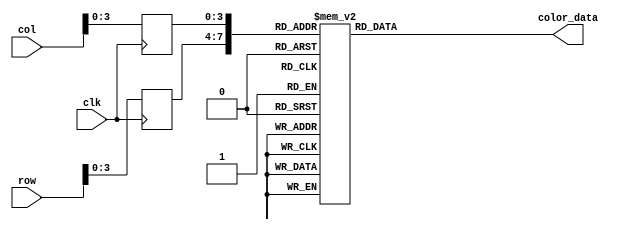
module bomberman_rom
	(
		input wire clk,
		input wire [4:0] row,
		input wire [4:0] col,
		output reg [11:0] color_data
	);

	(* rom_style = "block" *)

	//signal declaration
	reg [3:0] row_reg;
	reg [3:0] col_reg;

	always @(posedge clk)
		begin
		row_reg <= row[3:0];
		col_reg <= col[3:0];
		end

	always @*
	case ({row_reg, col_reg})
		8'b00000000: color_data = 12'b111111111111;
		8'b00000001: color_data = 12'b111111111111;
		8'b00000010: color_data = 12'b111111111111;
		8'b00000011: color_data = 12'b011001100110;
		8'b00000100: color_data = 12'b011101110111;
		8'b00000101: color_data = 12'b110010111011;
		8'b00000110: color_data = 12'b110011001100;
		8'b00000111: color_data = 12'b110011001100;
		8'b00001000: color_data = 12'b110011001100;
		8'b00001001: color_data = 12'b110011001100;
		8'b00001010: color_data = 12'b110010111011;
		8'b00001011: color_data = 12'b011101110111;
		8'b00001100: color_data = 12'b011001100110;
		8'b00001101: color_data = 12'b111111111111;
		8'b00001110: color_data = 12'b111111111111;
		8'b00001111: color_data = 12'b111111111111;

		8'b00010000: color_data = 12'b111111111111;
		8'b00010001: color_data = 12'b111111111111;
		8'b00010010: color_data = 12'b010101010101;
		8'b00010011: color_data = 12'b011101110111;
		8'b00010100: color_data = 12'b110111011101;
		8'b00010101: color_data = 12'b111111111111;
		8'b00010110: color_data = 12'b111111111111;
		8'b00010111: color_data = 12'b111111111111;
		8'b00011000: color_data = 12'b111111111111;
		8'b00011001: color_data = 12'b111111111111;
		8'b00011010: color_data = 12'b111111111111;
		8'b00011011: color_data = 12'b110111011101;
		8'b00011100: color_data = 12'b011101110111;
		8'b00011101: color_data = 12'b010101010101;
		8'b00011110: color_data = 12'b111111111111;
		8'b00011111: color_data = 12'b111111111111;

		8'b00100000: color_data = 12'b111111111111;
		8'b00100001: color_data = 12'b111111111111;
		8'b00100010: color_data = 12'b001100110011;
		8'b00100011: color_data = 12'b101010101011;
		8'b00100100: color_data = 12'b111111111111;
		8'b00100101: color_data = 12'b111111111111;
		8'b00100110: color_data = 12'b111111111111;
		8'b00100111: color_data = 12'b111111111111;
		8'b00101000: color_data = 12'b111111111111;
		8'b00101001: color_data = 12'b111111111111;
		8'b00101010: color_data = 12'b111111111111;
		8'b00101011: color_data = 12'b111111111111;
		8'b00101100: color_data = 12'b101010101011;
		8'b00101101: color_data = 12'b001100110011;
		8'b00101110: color_data = 12'b111111111111;
		8'b00101111: color_data = 12'b111111111111;

		8'b00110000: color_data = 12'b111111111111;
		8'b00110001: color_data = 12'b111011101110;
		8'b00110010: color_data = 12'b001100110011;
		8'b00110011: color_data = 12'b100110011001;
		8'b00110100: color_data = 12'b111111111110;
		8'b00110101: color_data = 12'b111111111111;
		8'b00110110: color_data = 12'b111111111111;
		8'b00110111: color_data = 12'b111111111110;
		8'b00111000: color_data = 12'b111111111110;
		8'b00111001: color_data = 12'b111111111111;
		8'b00111010: color_data = 12'b111111111111;
		8'b00111011: color_data = 12'b111111111110;
		8'b00111100: color_data = 12'b100110011001;
		8'b00111101: color_data = 12'b001100110011;
		8'b00111110: color_data = 12'b111011101110;
		8'b00111111: color_data = 12'b111111111111;

		8'b01000000: color_data = 12'b111111111111;
		8'b01000001: color_data = 12'b111011101111;
		8'b01000010: color_data = 12'b001100110011;
		8'b01000011: color_data = 12'b100010001000;
		8'b01000100: color_data = 12'b110010101000;
		8'b01000101: color_data = 12'b011101100110;
		8'b01000110: color_data = 12'b100001110110;
		8'b01000111: color_data = 12'b101110010111;
		8'b01001000: color_data = 12'b101110010111;
		8'b01001001: color_data = 12'b100001110110;
		8'b01001010: color_data = 12'b011101100110;
		8'b01001011: color_data = 12'b110010101000;
		8'b01001100: color_data = 12'b100010001000;
		8'b01001101: color_data = 12'b001100110011;
		8'b01001110: color_data = 12'b111011101111;
		8'b01001111: color_data = 12'b111111111111;

		8'b01010000: color_data = 12'b111111111111;
		8'b01010001: color_data = 12'b111011101111;
		8'b01010010: color_data = 12'b010000110011;
		8'b01010011: color_data = 12'b101010101010;
		8'b01010100: color_data = 12'b110010101000;
		8'b01010101: color_data = 12'b001100100001;
		8'b01010110: color_data = 12'b011001010011;
		8'b01010111: color_data = 12'b101110000101;
		8'b01011000: color_data = 12'b101110000101;
		8'b01011001: color_data = 12'b011001010011;
		8'b01011010: color_data = 12'b001100100001;
		8'b01011011: color_data = 12'b110010101000;
		8'b01011100: color_data = 12'b101010101010;
		8'b01011101: color_data = 12'b010000110011;
		8'b01011110: color_data = 12'b111011101111;
		8'b01011111: color_data = 12'b111111111111;

		8'b01100000: color_data = 12'b111111111111;
		8'b01100001: color_data = 12'b111011111111;
		8'b01100010: color_data = 12'b001100110011;
		8'b01100011: color_data = 12'b101110111011;
		8'b01100100: color_data = 12'b111111001010;
		8'b01100101: color_data = 12'b010101000011;
		8'b01100110: color_data = 12'b011101100100;
		8'b01100111: color_data = 12'b111010110111;
		8'b01101000: color_data = 12'b111010110111;
		8'b01101001: color_data = 12'b011101100100;
		8'b01101010: color_data = 12'b010101000011;
		8'b01101011: color_data = 12'b111111001010;
		8'b01101100: color_data = 12'b101110111011;
		8'b01101101: color_data = 12'b001100110011;
		8'b01101110: color_data = 12'b111011111111;
		8'b01101111: color_data = 12'b111111111111;

		8'b01110000: color_data = 12'b111111111111;
		8'b01110001: color_data = 12'b111011101111;
		8'b01110010: color_data = 12'b001100110011;
		8'b01110011: color_data = 12'b101110111011;
		8'b01110100: color_data = 12'b110110101000;
		8'b01110101: color_data = 12'b001100100001;
		8'b01110110: color_data = 12'b011101100100;
		8'b01110111: color_data = 12'b111010110111;
		8'b01111000: color_data = 12'b111010110111;
		8'b01111001: color_data = 12'b011101100100;
		8'b01111010: color_data = 12'b001100100001;
		8'b01111011: color_data = 12'b110110101000;
		8'b01111100: color_data = 12'b101110111011;
		8'b01111101: color_data = 12'b001100110011;
		8'b01111110: color_data = 12'b111011101111;
		8'b01111111: color_data = 12'b111111111111;

		8'b10000000: color_data = 12'b111111111111;
		8'b10000001: color_data = 12'b111111111110;
		8'b10000010: color_data = 12'b101010011001;
		8'b10000011: color_data = 12'b011101111000;
		8'b10000100: color_data = 12'b100110001000;
		8'b10000101: color_data = 12'b010101010011;
		8'b10000110: color_data = 12'b100001010100;
		8'b10000111: color_data = 12'b110010000101;
		8'b10001000: color_data = 12'b110010000101;
		8'b10001001: color_data = 12'b100001010100;
		8'b10001010: color_data = 12'b010101010011;
		8'b10001011: color_data = 12'b100110001000;
		8'b10001100: color_data = 12'b011101111000;
		8'b10001101: color_data = 12'b101010011001;
		8'b10001110: color_data = 12'b111111111110;
		8'b10001111: color_data = 12'b111111111111;

		8'b10010000: color_data = 12'b111111111111;
		8'b10010001: color_data = 12'b111111111111;
		8'b10010010: color_data = 12'b101010101001;
		8'b10010011: color_data = 12'b011110000111;
		8'b10010100: color_data = 12'b011001100110;
		8'b10010101: color_data = 12'b100010001000;
		8'b10010110: color_data = 12'b110010101001;
		8'b10010111: color_data = 12'b110010101000;
		8'b10011000: color_data = 12'b110010101000;
		8'b10011001: color_data = 12'b110010101001;
		8'b10011010: color_data = 12'b100010001000;
		8'b10011011: color_data = 12'b011001100110;
		8'b10011100: color_data = 12'b011110000111;
		8'b10011101: color_data = 12'b101010101001;
		8'b10011110: color_data = 12'b111111111111;
		8'b10011111: color_data = 12'b111111111111;

		8'b10100000: color_data = 12'b111111111111;
		8'b10100001: color_data = 12'b101010101010;
		8'b10100010: color_data = 12'b011101110111;
		8'b10100011: color_data = 12'b101110111011;
		8'b10100100: color_data = 12'b010001000011;
		8'b10100101: color_data = 12'b001101000011;
		8'b10100110: color_data = 12'b100001111000;
		8'b10100111: color_data = 12'b100010011001;
		8'b10101000: color_data = 12'b100010011001;
		8'b10101001: color_data = 12'b100001111000;
		8'b10101010: color_data = 12'b001101000011;
		8'b10101011: color_data = 12'b010001000011;
		8'b10101100: color_data = 12'b101110111011;
		8'b10101101: color_data = 12'b011101110111;
		8'b10101110: color_data = 12'b101010101010;
		8'b10101111: color_data = 12'b111111111111;

		8'b10110000: color_data = 12'b100110011001;
		8'b10110001: color_data = 12'b011001010100;
		8'b10110010: color_data = 12'b110010011001;
		8'b10110011: color_data = 12'b100001110111;
		8'b10110100: color_data = 12'b001000010010;
		8'b10110101: color_data = 12'b000000010011;
		8'b10110110: color_data = 12'b001000110110;
		8'b10110111: color_data = 12'b001101000101;
		8'b10111000: color_data = 12'b001101000101;
		8'b10111001: color_data = 12'b001000110110;
		8'b10111010: color_data = 12'b000000010011;
		8'b10111011: color_data = 12'b001000010010;
		8'b10111100: color_data = 12'b100001110111;
		8'b10111101: color_data = 12'b110010011001;
		8'b10111110: color_data = 12'b011001010100;
		8'b10111111: color_data = 12'b100110011001;

		8'b11000000: color_data = 12'b000100000000;
		8'b11000001: color_data = 12'b110101111000;
		8'b11000010: color_data = 12'b110100110100;
		8'b11000011: color_data = 12'b001100000000;
		8'b11000100: color_data = 12'b000000010100;
		8'b11000101: color_data = 12'b000100101000;
		8'b11000110: color_data = 12'b010001011010;
		8'b11000111: color_data = 12'b100010011010;
		8'b11001000: color_data = 12'b100010011010;
		8'b11001001: color_data = 12'b010001011010;
		8'b11001010: color_data = 12'b000100101000;
		8'b11001011: color_data = 12'b000000010100;
		8'b11001100: color_data = 12'b001100000000;
		8'b11001101: color_data = 12'b110100110100;
		8'b11001110: color_data = 12'b110101111000;
		8'b11001111: color_data = 12'b000100000000;

		8'b11010000: color_data = 12'b010101010101;
		8'b11010001: color_data = 12'b100001100110;
		8'b11010010: color_data = 12'b100000010011;
		8'b11010011: color_data = 12'b001000000001;
		8'b11010100: color_data = 12'b000100100101;
		8'b11010101: color_data = 12'b000100110111;
		8'b11010110: color_data = 12'b000000100011;
		8'b11010111: color_data = 12'b011101110101;
		8'b11011000: color_data = 12'b011101110101;
		8'b11011001: color_data = 12'b000000100011;
		8'b11011010: color_data = 12'b000100110111;
		8'b11011011: color_data = 12'b000100100101;
		8'b11011100: color_data = 12'b001000000001;
		8'b11011101: color_data = 12'b100000010011;
		8'b11011110: color_data = 12'b100001100110;
		8'b11011111: color_data = 12'b010101010101;

		8'b11100000: color_data = 12'b111111101111;
		8'b11100001: color_data = 12'b010101100101;
		8'b11100010: color_data = 12'b001000000000;
		8'b11100011: color_data = 12'b001000000000;
		8'b11100100: color_data = 12'b001100000001;
		8'b11100101: color_data = 12'b001000110110;
		8'b11100110: color_data = 12'b001001001010;
		8'b11100111: color_data = 12'b001101101010;
		8'b11101000: color_data = 12'b001101101010;
		8'b11101001: color_data = 12'b001001001010;
		8'b11101010: color_data = 12'b001000110110;
		8'b11101011: color_data = 12'b001100000001;
		8'b11101100: color_data = 12'b001000000000;
		8'b11101101: color_data = 12'b001000000000;
		8'b11101110: color_data = 12'b010101100101;
		8'b11101111: color_data = 12'b111111101111;

		8'b11110000: color_data = 12'b111111111111;
		8'b11110001: color_data = 12'b110010111100;
		8'b11110010: color_data = 12'b010000100010;
		8'b11110011: color_data = 12'b101000110011;
		8'b11110100: color_data = 12'b111000110100;
		8'b11110101: color_data = 12'b011000010010;
		8'b11110110: color_data = 12'b001100000001;
		8'b11110111: color_data = 12'b000100000001;
		8'b11111000: color_data = 12'b000100000001;
		8'b11111001: color_data = 12'b001100000001;
		8'b11111010: color_data = 12'b011000010010;
		8'b11111011: color_data = 12'b111000110100;
		8'b11111100: color_data = 12'b101000110011;
		8'b11111101: color_data = 12'b010000100010;
		8'b11111110: color_data = 12'b110010111100;
		8'b11111111: color_data = 12'b111111111111;

		default: color_data = 12'b000000000000;
	endcase
endmodule